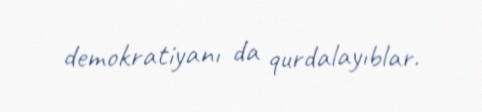
demokratiyanı da qurdalayıblar.